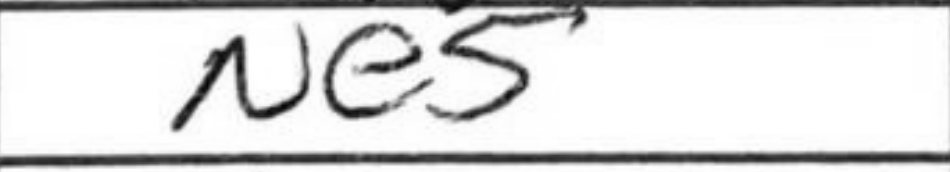
Transcription: Ne5